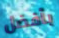
بأفضل